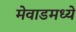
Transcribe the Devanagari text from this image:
मेवाडमध्ये